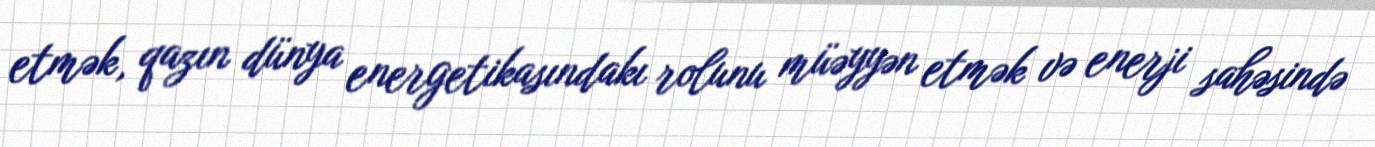
etmək, qazın dünya energetikasındakı rolunu müəyyən etmək və enerji sahəsində